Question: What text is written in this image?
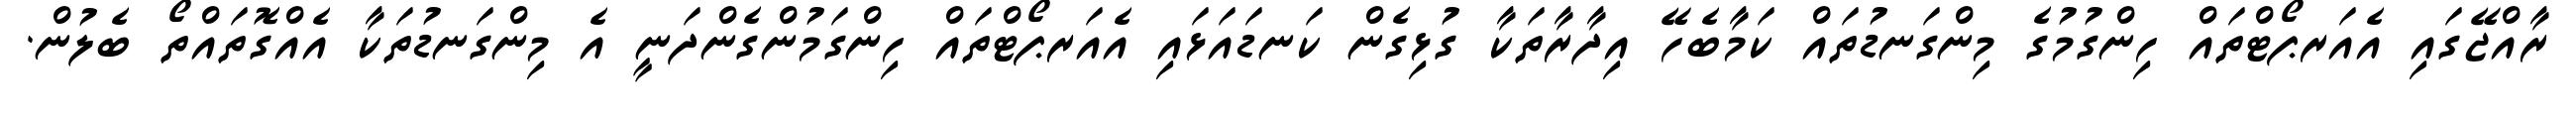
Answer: ރާއްޖޭގައި އެއަރޕޯޓްތައް ހިންގުމުގެ މިންގަނޑުތައް ކަމާބެހޭ އިދާރާތަކާ ގުޅިގެން ކަނޑައަޅައި އެއަރޕޯޓްތައް ހިންގަމުންގެންދަނީ އެ މިންގަނޑުތަކާ އެއްގޮތައްތޯ ބެލުން.